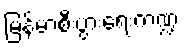
မြန်မာ့စီးပွားရေးကဏ္ဍ